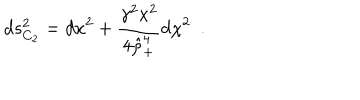
LaTeX: d s _ { C _ { 2 } } ^ { 2 } = d x ^ { 2 } + { \frac { \gamma ^ { 2 } x ^ { 2 } } { 4 \hat { \rho } _ { + } ^ { 4 } } } d \chi ^ { 2 } ~ ~ .